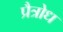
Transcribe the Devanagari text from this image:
प्रैत्रोध